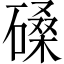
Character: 磉